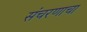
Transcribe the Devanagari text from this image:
संचरणाचा